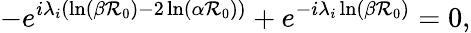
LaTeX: -e^{i\lambda_{i}(\ln(\beta\mathcal{R}_{0})-2\ln(\alpha\mathcal{R}_{0}))}+e^{-i\lambda_{i}\ln(\beta\mathcal{R}_{0})}=0,